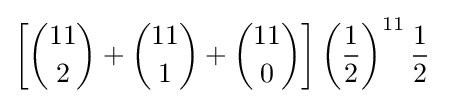
\left[{11 \choose 2}+{11 \choose 1}+{11 \choose 0}\right]\left({1 \over 2}\right)^{11}{1 \over 2}~